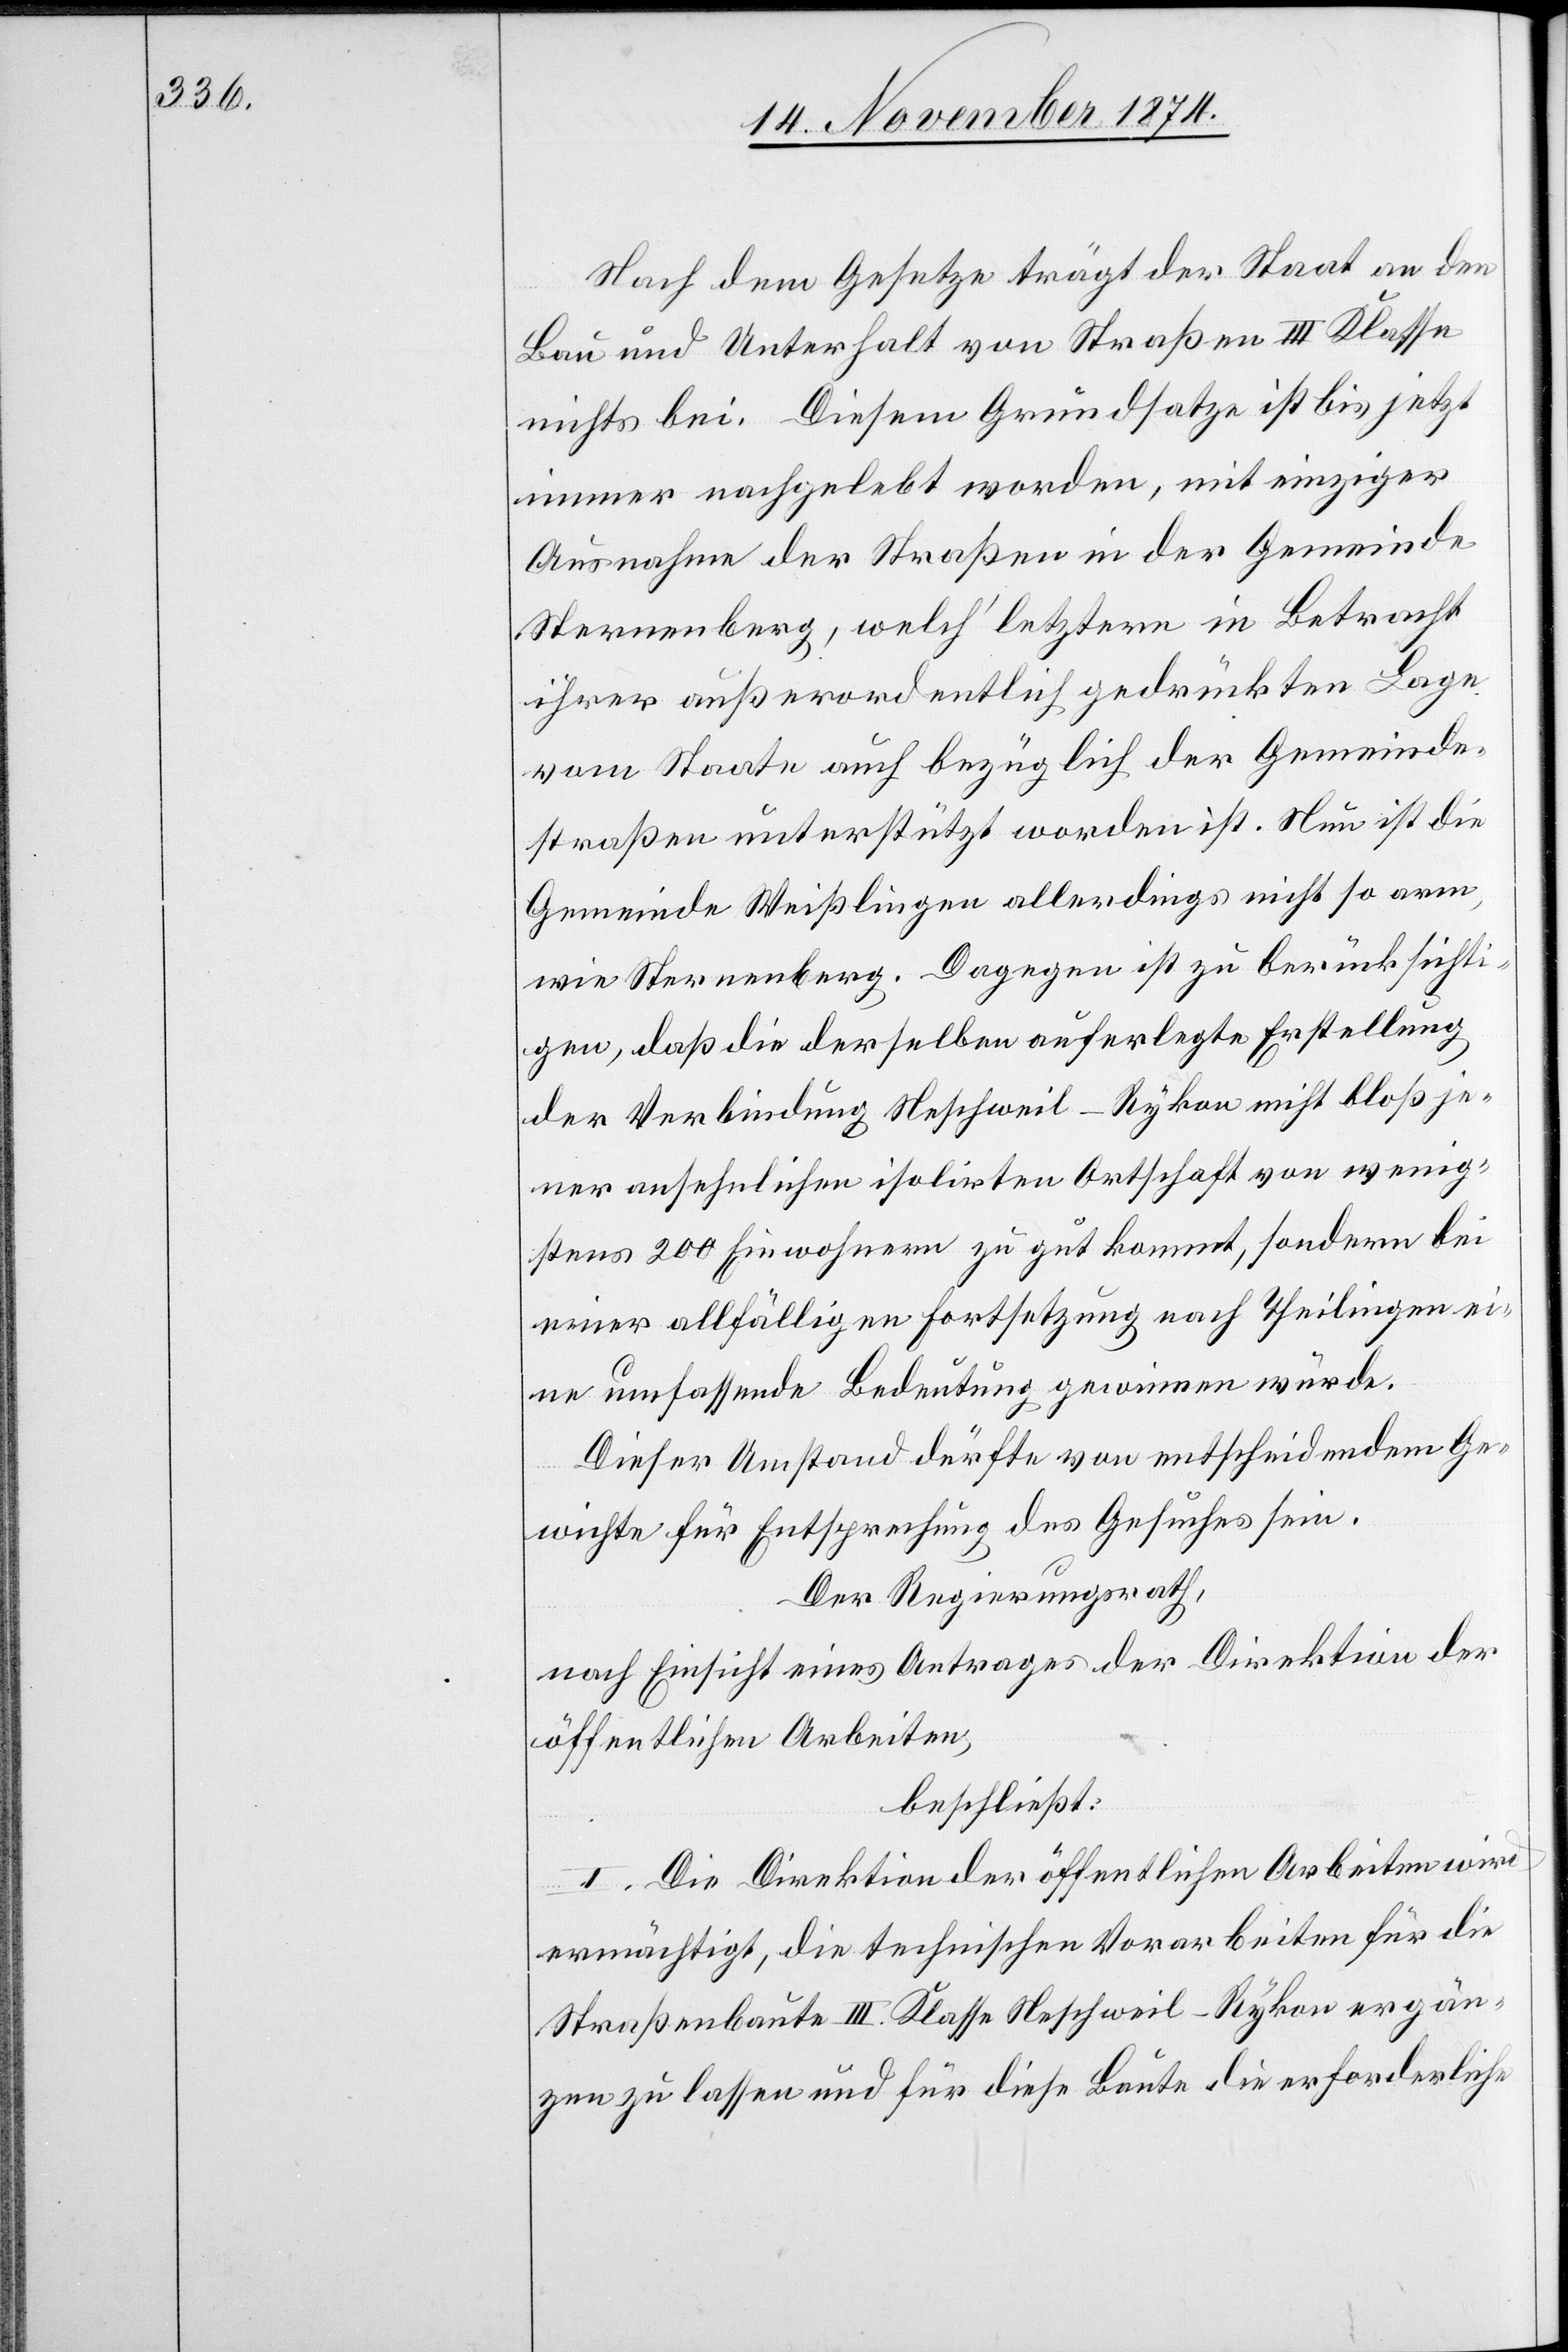
Nach dem Gesetze trägt der Staat an den
Bau und Unterhalt von Straßen III Klasse
nichts bei. Diesem Grundsatze ist bis jetzt
immer nachgelebt worden, mit einziger
Ausnahme der Straßen in der Gemeinde
Sternenberg, welch’letztere in Betracht
ihrer außerordentliche gedrückten Lage
vom Staate auch bezüglich der Gemeinde¬
straßen unterstützt worden ist. Nun ist die
Gemeinde Weißlingen allerdings nicht so arm
wie Sternenberg. Dagegen ist zu berücksicht¬
igen, daß die derselben auferlegte Erstellung
der Verbindung Neschweil–Rykon nicht bloß je¬
ner ansehnlichen isolirten Ortschaft von wenig¬
stens 200 Einwohnern zu gut kommt, sondern bei
einer allfälligen Fortsetzung nach Theilingen ei¬
ne umfassende Bedeutung gewinnen würde.
Dieser Umstand dürfte von entscheidendem Ge¬
wichte für Entsprechung des Gesuches sein.
Der Regierungsrath,
nach Einsicht eines Antrages der Direktion der
öffentlichen Arbeiten,
beschließt:
I. Die Direktion der öffentlichen Arbeiten wird
ermächtigt, die technischen Vorarbeiten für die
Straßenbaute III. Klasse Neschweil–Rykon ergän¬
zen zu lassen und für diese Baute die erforderliche